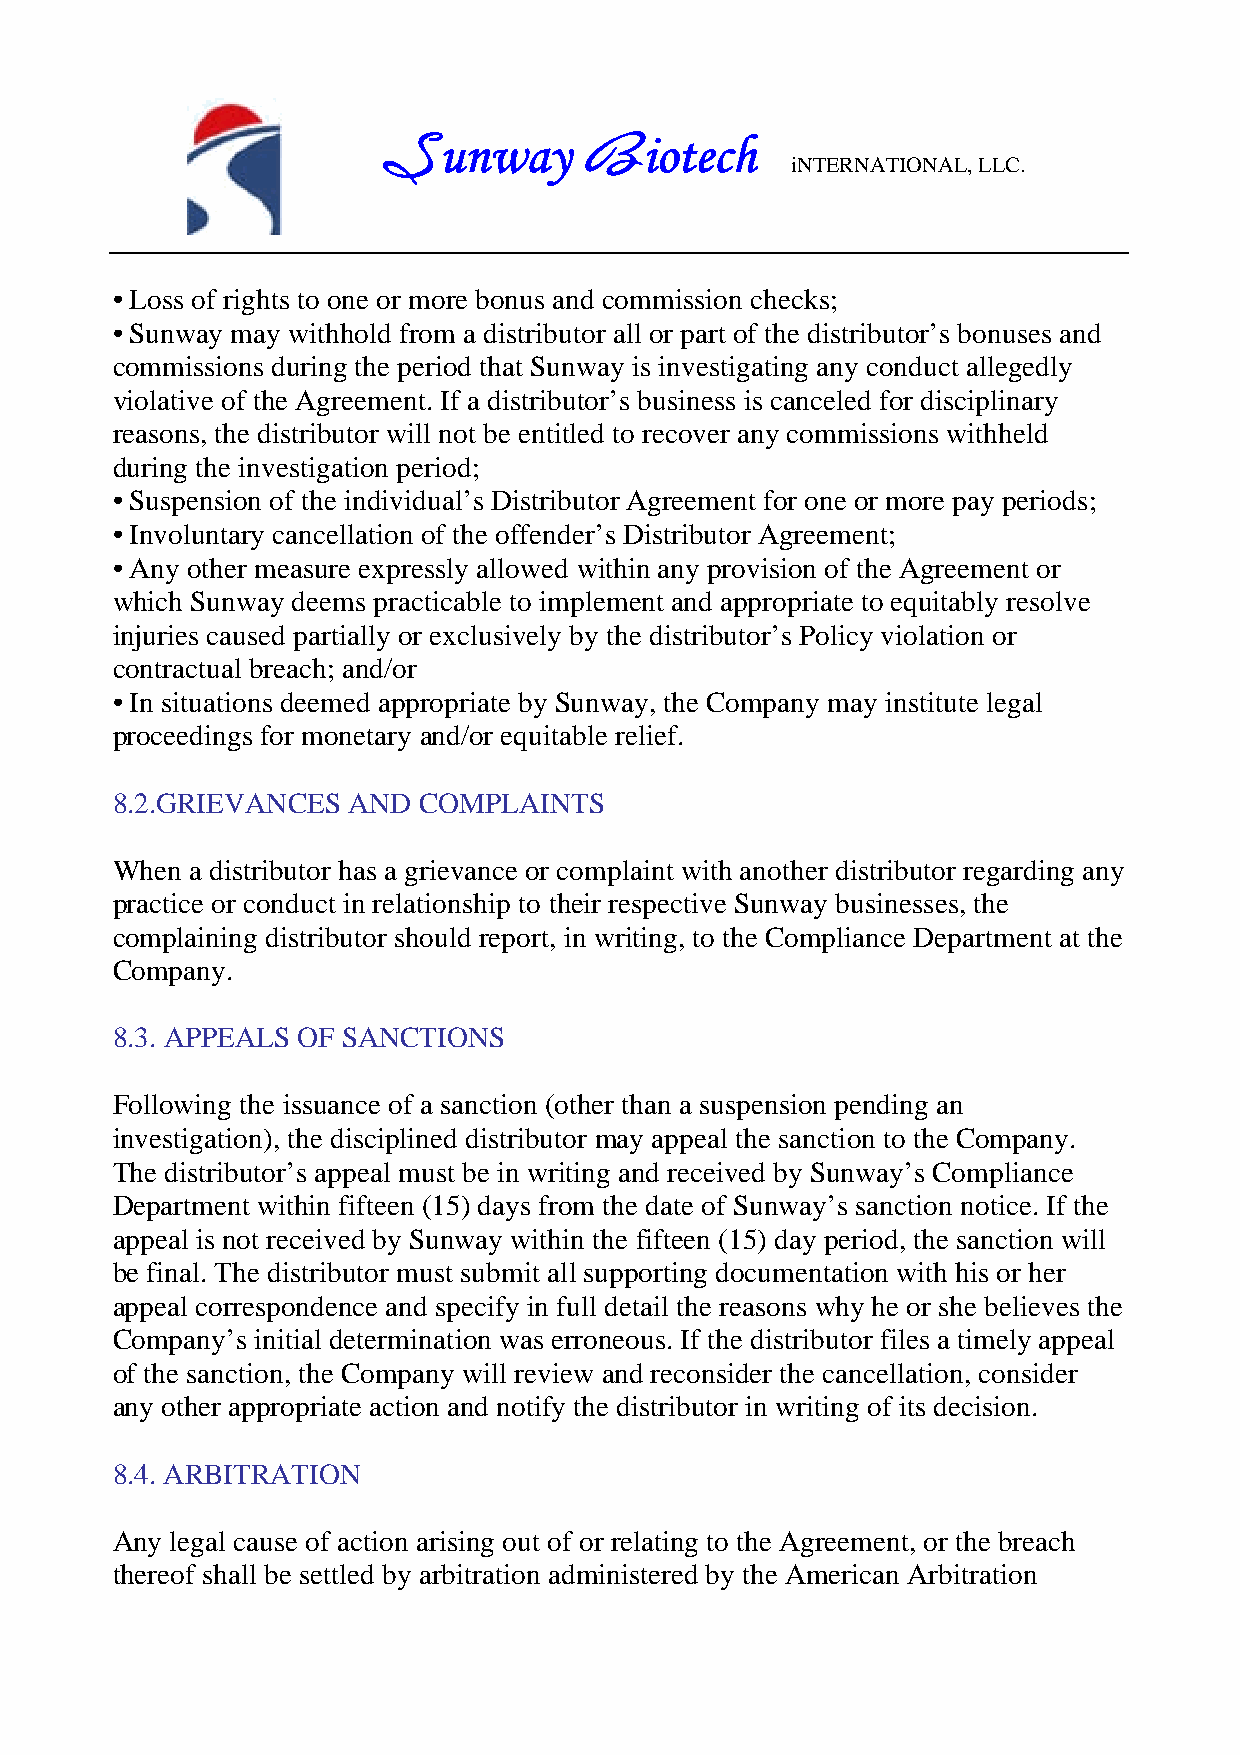
unway         iotech
 S             B            iNTERNATIONAL, LLC.
 • Loss of rights to one or more bonus and commission checks;
 • Sunway may withhold from a distributor all or part of the distributor’s bonuses and
 commissions during the period that Sunway is investigating any conduct allegedly
 violative of the Agreement. If a distributor’s business is canceled for disciplinary
 reasons, the distributor will not be entitled to recover any commissions withheld
 during the investigation period;
 • Suspension of the individual’s Distributor Agreement for one or more pay periods;
 • Involuntary cancellation of the offender’s Distributor Agreement;
 • Any other measure expressly allowed within any provision of the Agreement or
 which Sunway deems practicable to implement and appropriate to equitably resolve
 injuries caused partially or exclusively by the distributor’s Policy violation or
 contractual breach; and/or
 • In situations deemed appropriate by Sunway, the Company may institute legal
 proceedings for monetary and/or equitable relief.
 8.2.GRIEVANCES  AND  COMPLAINTS
 When  a distributor has a grievance or complaint with another distributor regarding any
 practice or conduct in relationship to their respective Sunway businesses, the
 complaining distributor should report, in writing, to the Compliance Department at the
 Company.
 8.3. APPEALS OF SANCTIONS
 Following the issuance of a sanction (other than a suspension pending an
 investigation), the disciplined distributor may appeal the sanction to the Company.
 The distributor’s appeal must be in writing and received by Sunway’s Compliance
 Department within fifteen (15) days from the date of Sunway’s sanction notice. If the
 appeal is not received by Sunway within the fifteen (15) day period, the sanction will
 be final. The distributor must submit all supporting documentation with his or her
 appeal correspondence and specify in full detail the reasons why he or she believes the
 Company’s initial determination was erroneous. If the distributor files a timely appeal
 of the sanction, the Company will review and reconsider the cancellation, consider
 any other appropriate action and notify the distributor in writing of its decision.
 8.4. ARBITRATION
 Any legal cause of action arising out of or relating to the Agreement, or the breach
 thereof shall be settled by arbitration administered by the American Arbitration